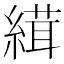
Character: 縙